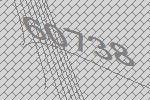
60738